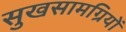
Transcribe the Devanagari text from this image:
सुखसामग्रियों